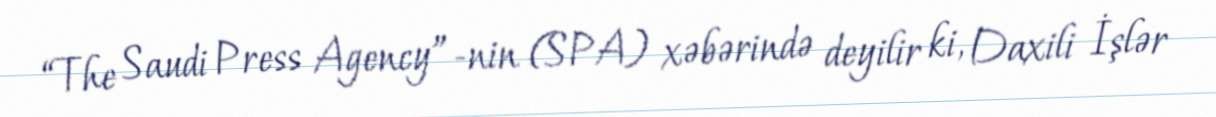
“The Saudi Press Agency”-nin (SPA) xəbərində deyilir ki, Daxili İşlər